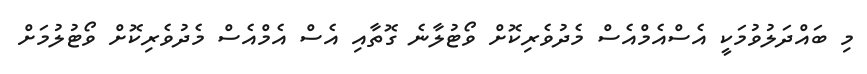
މި ބައްދަލުވުމަކީ އެސްއެމްއެސް މެދުވެރިކޮށް ވޯޓުލާނެ ގޮތާއި އެސް އެމްއެސް މެދުވެރިކޮށް ވޯޓުލުމަށް